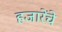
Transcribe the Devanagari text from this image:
हजारेंचे